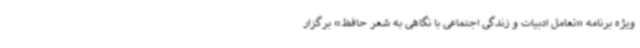
ویژه برنامه «تعامل ادبیات و زندگی اجتماعی با نگاهی به شعر حافظ» برگزار